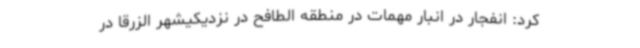
کرد: انفجار در انبار مهمات در منطقه الطافح در نزدیکیشهر الزرقا در